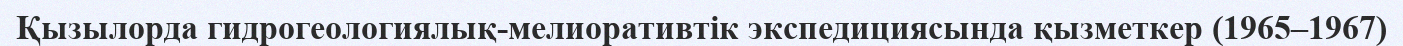
Қызылорда гидрогеологиялық-мелиоративтiк экспедициясында қызметкер (1965–1967)